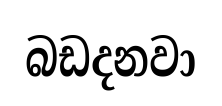
බඩදනවා